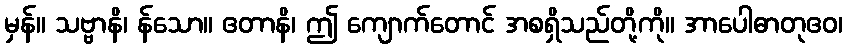
မှန်။ သဗ္ဗာနိ၊ န်သော။ ဧတာနိ၊ ဤ ကျောက်တောင် အစရှိသည်တို့ကို။ အာပေါဓာတုဧဝ၊